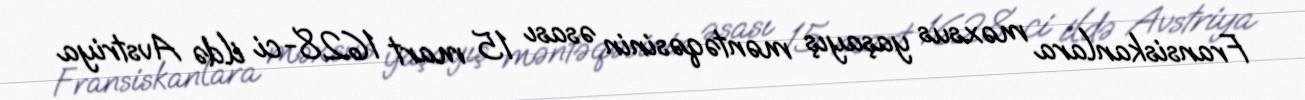
Fransiskanlara məxsus yaşayış məntəqəsinin əsası 15 mart 1628-ci ildə Avstriya